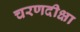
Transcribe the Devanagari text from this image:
चरणदीक्षा